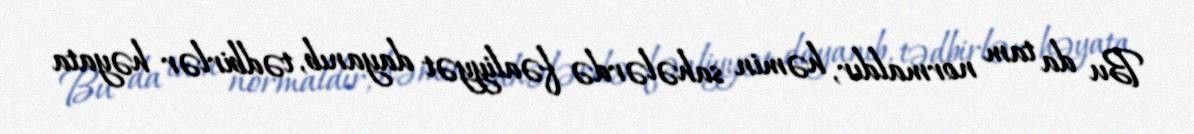
Bu da tam normaldır, həmin sahələrdə fəaliyyət dayanıb, tədbirlər həyata